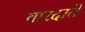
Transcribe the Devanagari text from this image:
वारदाते